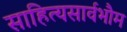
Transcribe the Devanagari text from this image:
साहित्यसार्वभौम